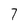
Character: 7